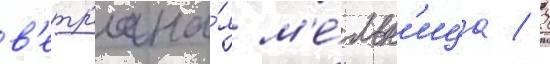
в'етр'яна́я м'е́льн'ица / 2